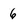
Character: 6